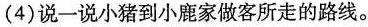
(4)说一说小猪到小鹿家做客所走的路线。